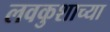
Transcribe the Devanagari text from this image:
लवकुशाच्या